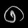
Digit: ၈